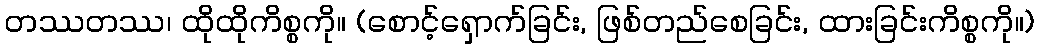
တဿတဿ၊ ထိုထိုကိစ္စကို။ (စောင့်ရှောက်ခြင်း, ဖြစ်တည်စေခြင်း, ထားခြင်းကိစ္စကို။)